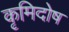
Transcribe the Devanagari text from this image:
कृमिदोष